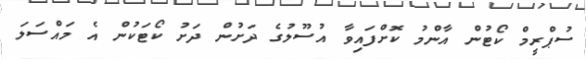
ސުޕްރީމް ކޯޓުން އާންމު ކޮށްފައިވާ އުސޫލުގެ ދަށުން ދަށު ކޯޓަކުން އެ މައްސަލަ